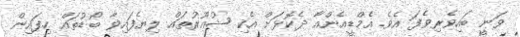
ވަނީ ބައިވެރިވެފަ އެވެ. އެމްޑީއެންއާ ދެކޮޅަށް އެކި ޝުއޫރުތައް ލިޔެފައިވާ ބޯޑުތައް ހިފައިން